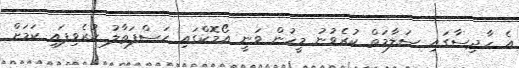
އެ ހާދިސާގައި ސަލާމަތް ކުރެވުނު މީހުން ވަނީ އޯމޮކްގައި ހަސްފަތާލު ކުރެވިފައި ކަމަށް